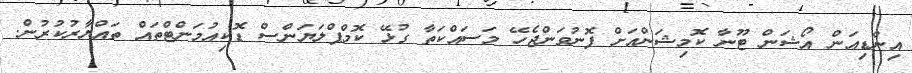
އިންޑިއަން އޯޝަން ޓޫނާ ކޮމިޝަންއަށް ފޮނުވަންޖެހޭ މަސައްކަތާ ގުޅޭ ކޮމްޕްލަޔަންސް ޑޮކިއުމަންޓްތައް ތައްޔާރުކުރުން.